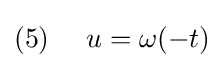
(5)~~~~u=\omega (-t)